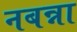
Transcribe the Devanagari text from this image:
नबन्ना